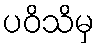
ပဝိသိမှ